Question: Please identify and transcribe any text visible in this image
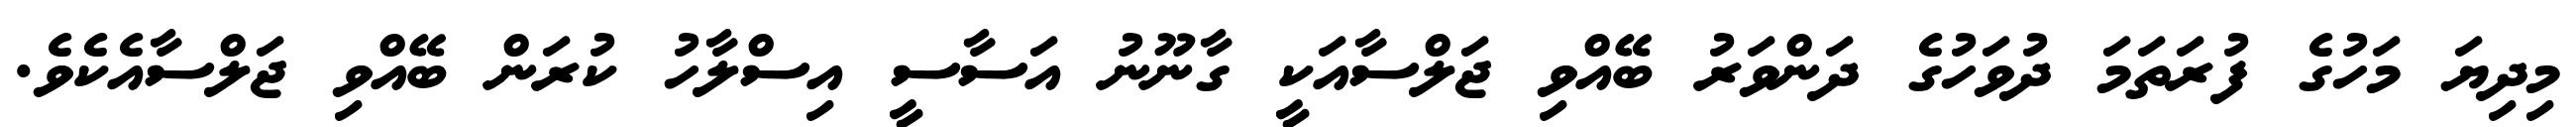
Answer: މިދިޔަ މަހުގެ ފުރަތަމަ ދުވަހުގެ ދަންވަރު ބޭއްވި ޖަލްސާއަކީ ގާނޫނު އަސާސީ އިސްލާހު ކުރަން ބޭއްވި ޖަލްސާއެކެވެ.